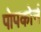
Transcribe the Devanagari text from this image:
पोपकोर्न